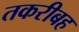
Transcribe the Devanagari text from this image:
तकरीबह